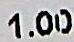
1.00